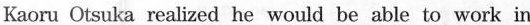
Kaoru Otsuka realized he would be able to work in